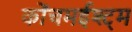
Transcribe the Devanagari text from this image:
कोंचमईश्ट्म